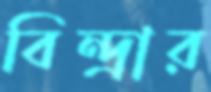
বিন্দ্রার